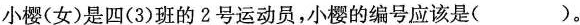
小樱(女)是四(3)班的2号运动员，小樱的编号应该是( )。